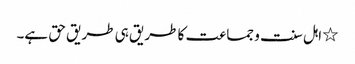
٭ اہل سنت و جماعت کا طریق ہی طریق حق ہے۔